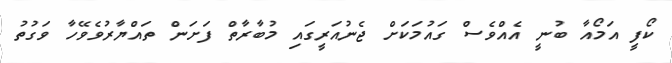
ކޯފީ އަމޯއާ ބުނީ އެއްވެސް ގައުމަކަށް ޖެނުއަރީގައި މުބާރާތް ފަށަން ތައްޔާރުވެވޭހާ ވަގުތު